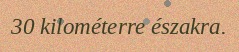
30 kilométerre északra.